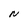
Character: N